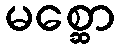
မစ္ဆော